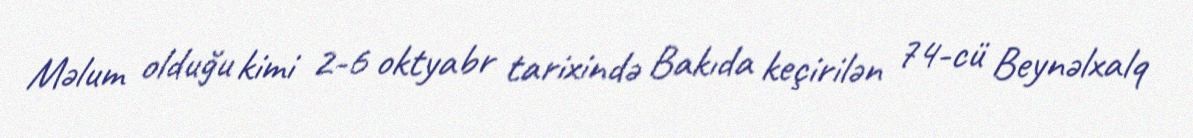
Məlum olduğu kimi 2-6 oktyabr tarixində Bakıda keçirilən 74-cü Beynəlxalq